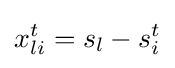
x_{li}^{t}=s_{l}-s_{i}^{t}